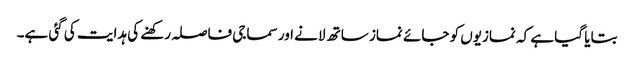
بتایا گیا ہے کہ نمازیوں کو جائے نماز ساتھ لانے اور سماجی فاصلہ رکھنے کی ہدایت کی گئی ہے۔